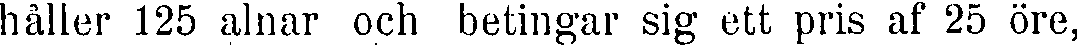
håller 125 alnar och betingar sig ett pris af 25 öre,